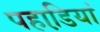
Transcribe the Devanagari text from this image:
पहाडि़यां